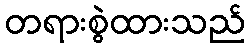
တရားစွဲထားသည်